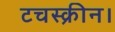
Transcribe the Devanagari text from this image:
टचस्क्रीन।